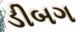
ડીબગ